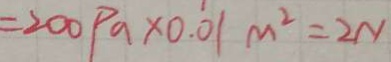
= 2 0 0 P a \times 0 . 0 1 m ^ { 2 } = 2 N